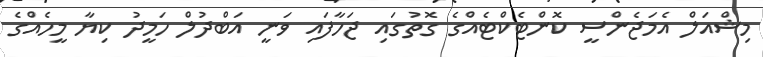
މިޝްއަލް އެމަޖެންސީ ކޮންޓެކްޓެއްގެ ގޮތުގައި ޖަހާފައި ވަނީ އަބްދުލް ހަމީދު ކިޔާ މީހެއްގެ